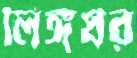
লিঙ্গধর